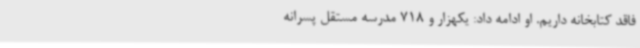
فاقد کتابخانه داریم. او ادامه داد: یکهزار و 718 مدرسه مستقل پسرانه